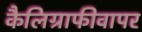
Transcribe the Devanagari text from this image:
कैलिग्राफीवापर